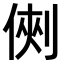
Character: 𠋙